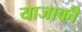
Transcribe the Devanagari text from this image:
याजाकी